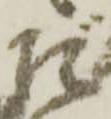
だ